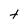
Character: t